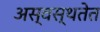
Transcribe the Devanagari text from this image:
अस्वस्थतेत